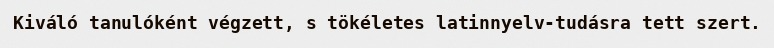
Kiváló tanulóként végzett, s tökéletes latinnyelv-tudásra tett szert.